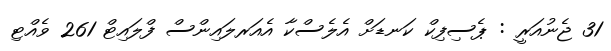
31 ޖެނުއަރީ : ޕެސިފިކް ކަނޑަށް އެލެސްކާ އެއަރލައިންސް ފްލައިޓް 261 ވެއްޓި